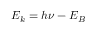
E _ { k } = h \nu - E _ { B }